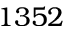
1 3 5 2